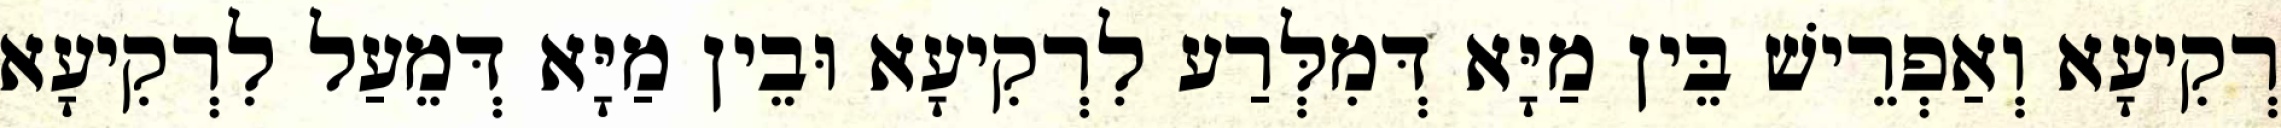
רְקִיעָא וְאַפְרֵישׁ בֵּין מַיָּא דְּמִלְּרַע לִרְקִיעָא וּבֵין מַיָּא דְּמֵעַל לִרְקִיעָא